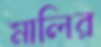
মালির